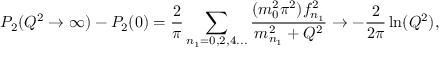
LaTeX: P _ { 2 } ( Q ^ { 2 } \rightarrow \infty ) - P _ { 2 } ( 0 ) = \frac { 2 } { \pi } \sum _ { n _ { 1 } = 0 , 2 , 4 . . . } \frac { ( m _ { 0 } ^ { 2 } \pi ^ { 2 } ) f _ { n _ { 1 } } ^ { 2 } } { m _ { n _ { 1 } } ^ { 2 } + Q ^ { 2 } } \rightarrow - \frac { 2 } { 2 \pi } \ln ( Q ^ { 2 } ) ,